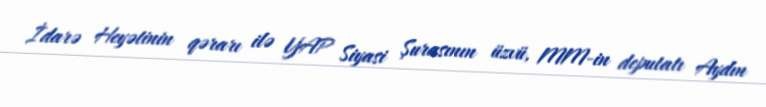
İdarə Heyətinin qərarı ilə YAP Siyasi Şurasının üzvü, MM-in deputatı Aydın